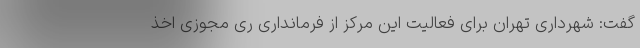
گفت: شهرداری تهران برای فعالیت این مرکز از فرمانداری ری مجوزی اخذ